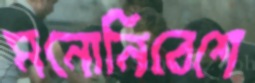
মনোনিবেশে